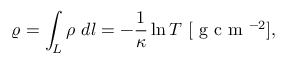
\varrho = \int _ { L } \rho \ d l = - \frac { 1 } { \kappa } \ln { T } \ [ \mathrm { ~ g ~ c ~ m ~ } ^ { - 2 } ] ,